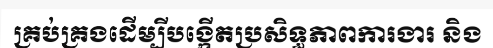
គ្រប់គ្រងដើម្បីបង្កើតប្រសិទ្ធភាពការងារ និង